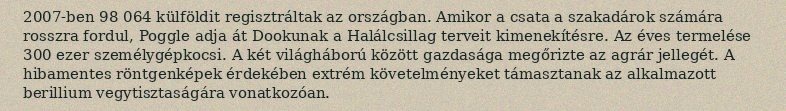
2007-ben 98 064 külföldit regisztráltak az országban. Amikor a csata a szakadárok számára rosszra fordul, Poggle adja át Dookunak a Halálcsillag terveit kimenekítésre. Az éves termelése 300 ezer személygépkocsi. A két világháború között gazdasága megőrizte az agrár jellegét. A hibamentes röntgenképek érdekében extrém követelményeket támasztanak az alkalmazott berillium vegytisztaságára vonatkozóan.